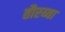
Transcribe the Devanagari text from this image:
तौरय्या